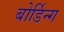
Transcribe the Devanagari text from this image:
बोर्डिन्ग